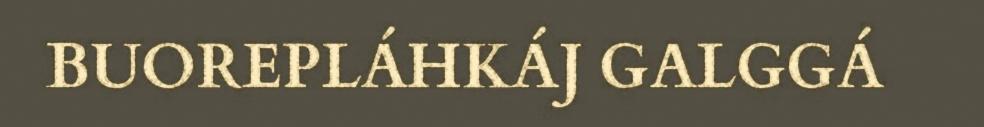
BUOREPLÁHKÁJ GALGGÁ